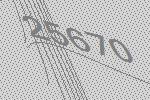
25670